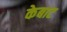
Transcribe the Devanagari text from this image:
केबाट